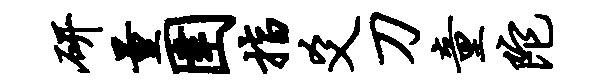
研量圉指爻刀童陀